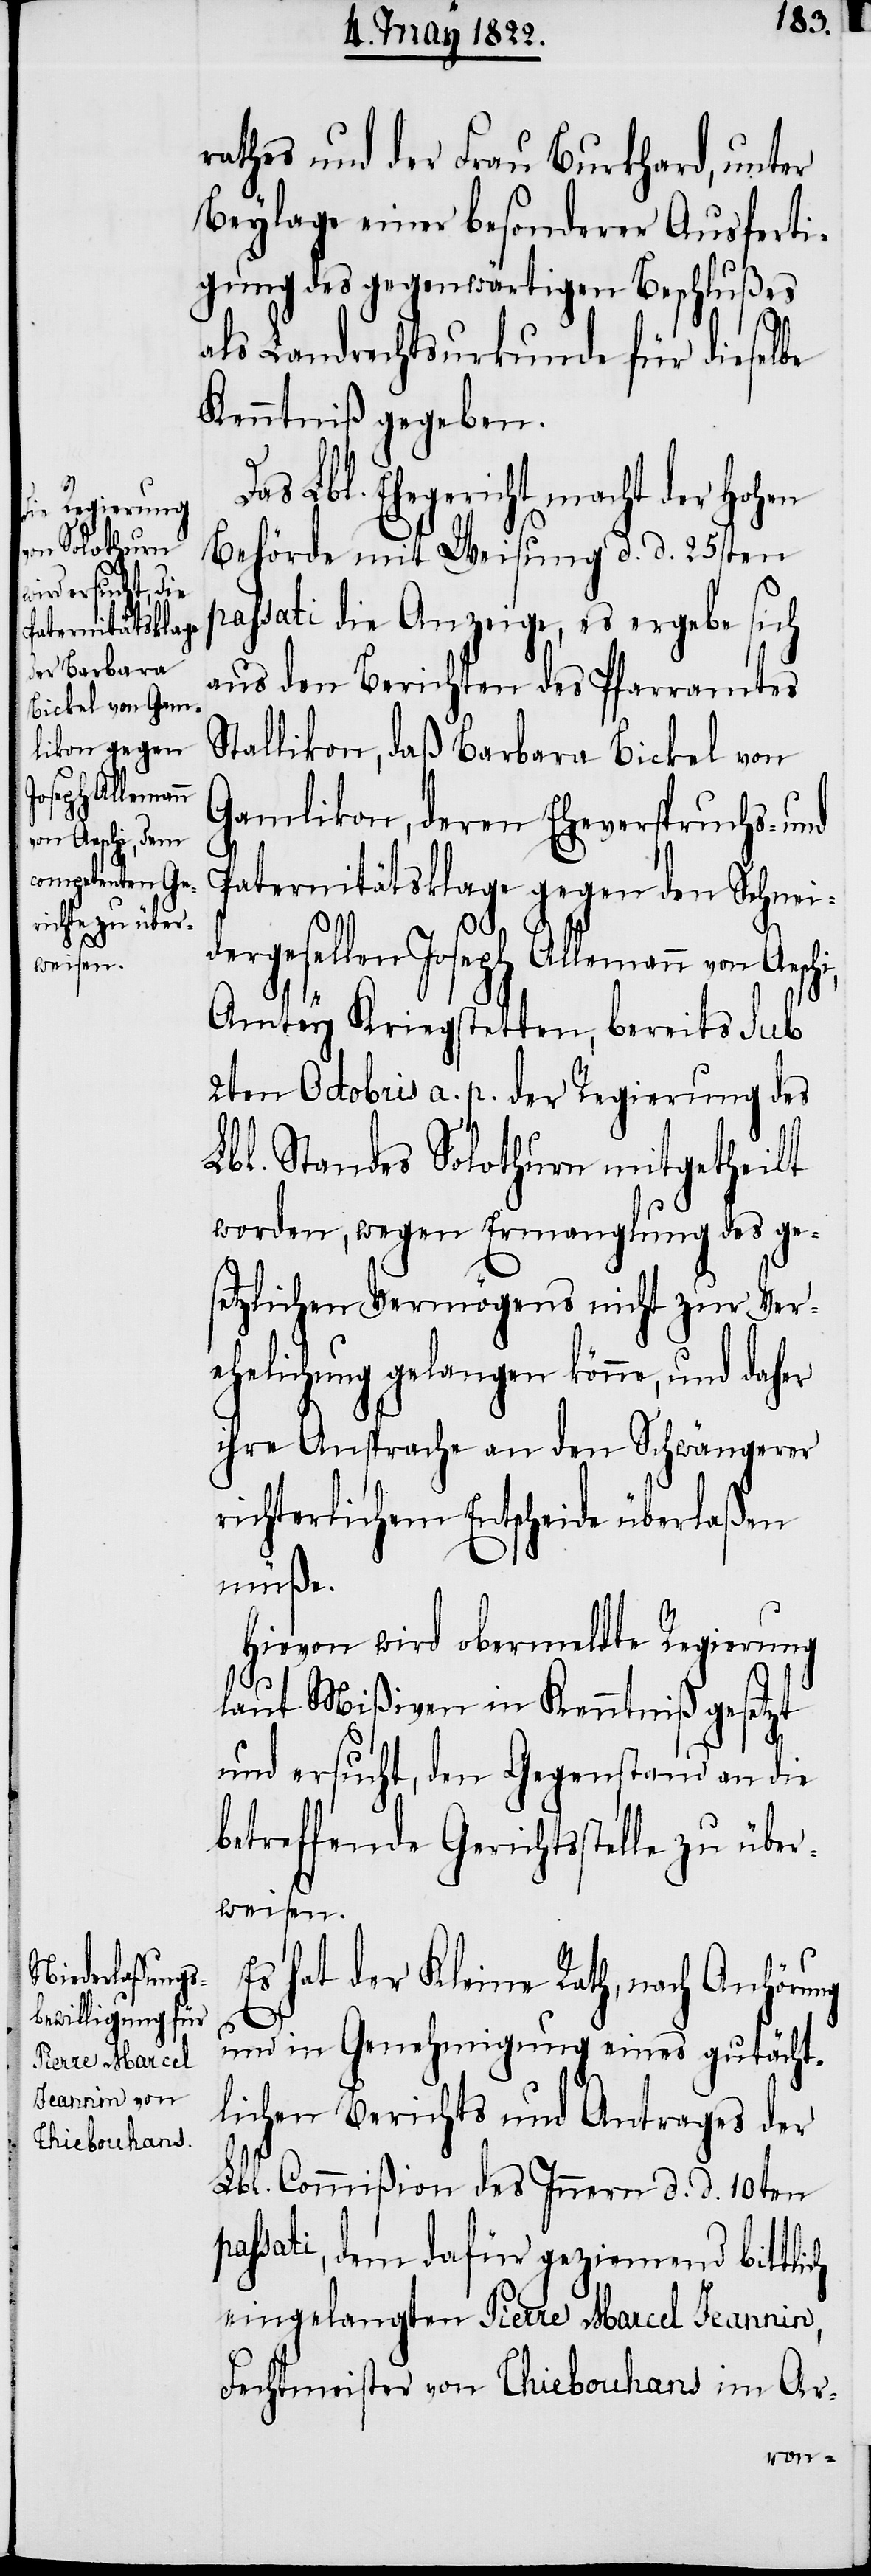
rathes und der Frau Burkhard, unter
Beylage einer besonderer Ausferti¬
als Landrechtsurkunde für dieselbe
Kenntniß gegeben.
Das Lbl. Ehegericht macht der hohen
Behörde mit Weisung d. d. 25sten
passati die Anzeige, es ergebe sich
aus den Berichten des Pfarramtes
Stallikon, daß Barbara Bickel von
Gamlikon, deren Eheverspruchs- und
Paternitätsklage gegen den Schnei¬
dergesellen Joseph Allemann von Aesch¬
Amtey Kriegstetten, bereits sub
2ten Octobris a. p. der Regierung des
Lbl. Standes Solothurn mitgetheilt
worden, wegen Ermanglung des ge¬
setzlichen Vermögens nicht zur Ver¬
ehelichung gelangen könne, und daher
ihre Ansprache an den Schwängerer
richterlichem Entscheide überlaßen
müße.
Es hat der Kleine Rath, nach Anhörung
und in Genehmigung eines gutächt¬
lichen Berichts und Antrages der
Lbl. Commißion des Innern d. d. 10ten
passati, dem dafür geziemend bittlich
eingelangten Pierre Marcel Jeannin,
Fechtmeister von Thiebouhans im Ar-
i,